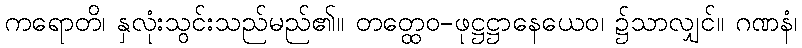
ကရောတိ၊ နှလုံးသွင်းသည်မည်၏။ တတ္ထေဝ-ဖုဋ္ဌဋ္ဌာနေယေဝ၊ ၌သာလျှင်။ ဂဏနံ၊